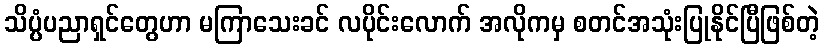
သိပ္ပံပညာရှင်တွေဟာ မကြာသေးခင် လပိုင်းလောက် အလိုကမှ စတင်အသုံးပြုနိုင်ပြီဖြစ်တဲ့